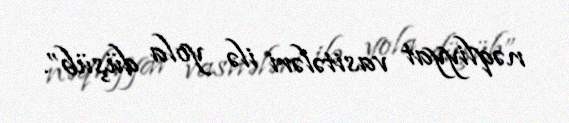
nəqliyyat vasitələri ilə yola düşüb”.